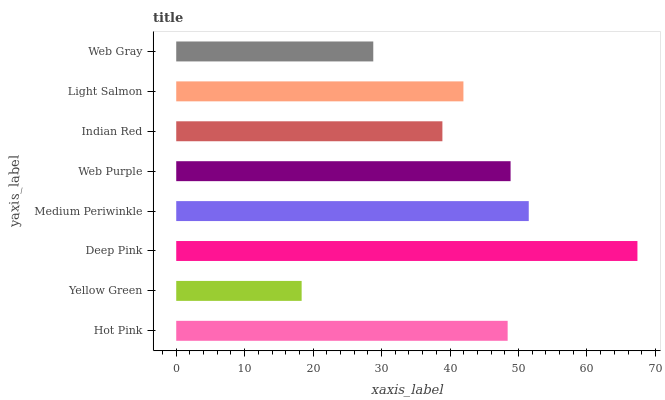
| yaxis_label | bars |
 | --- | --- |
 | Hot Pink | 48.4 |
 | Yellow Green | 18.3 |
 | Deep Pink | 67.4 |
 | Medium Periwinkle | 51.5 |
 | Web Purple | 48.8 |
 | Indian Red | 38.9 |
 | Light Salmon | 41.9 |
 | Web Gray | 28.8 |